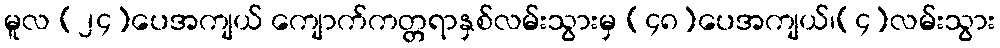
မူလ (၂၄)ပေအကျယ် ကျောက်ကတ္တရာနှစ်လမ်းသွားမှ (၄၈)ပေအကျယ်၊(၄)လမ်းသွား